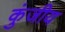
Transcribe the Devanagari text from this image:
कुंजीय